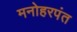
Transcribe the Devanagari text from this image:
मनोहरपंत